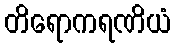
တိရောကရဏိယံ